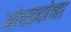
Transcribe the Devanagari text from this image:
आंतड्यांना